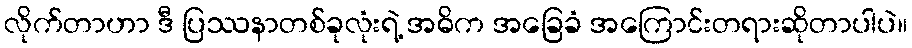
လိုက်တာဟာ ဒီ ပြဿနာတစ်ခုလုံးရဲ့ အဓိက အခြေခံ အကြောင်းတရားဆိုတာပါပဲ။